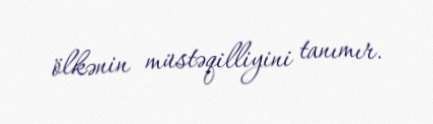
ölkənin müstəqilliyini tanımır.